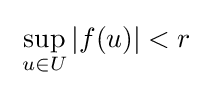
\;\sup _{u\in U}|f(u)|<r\;